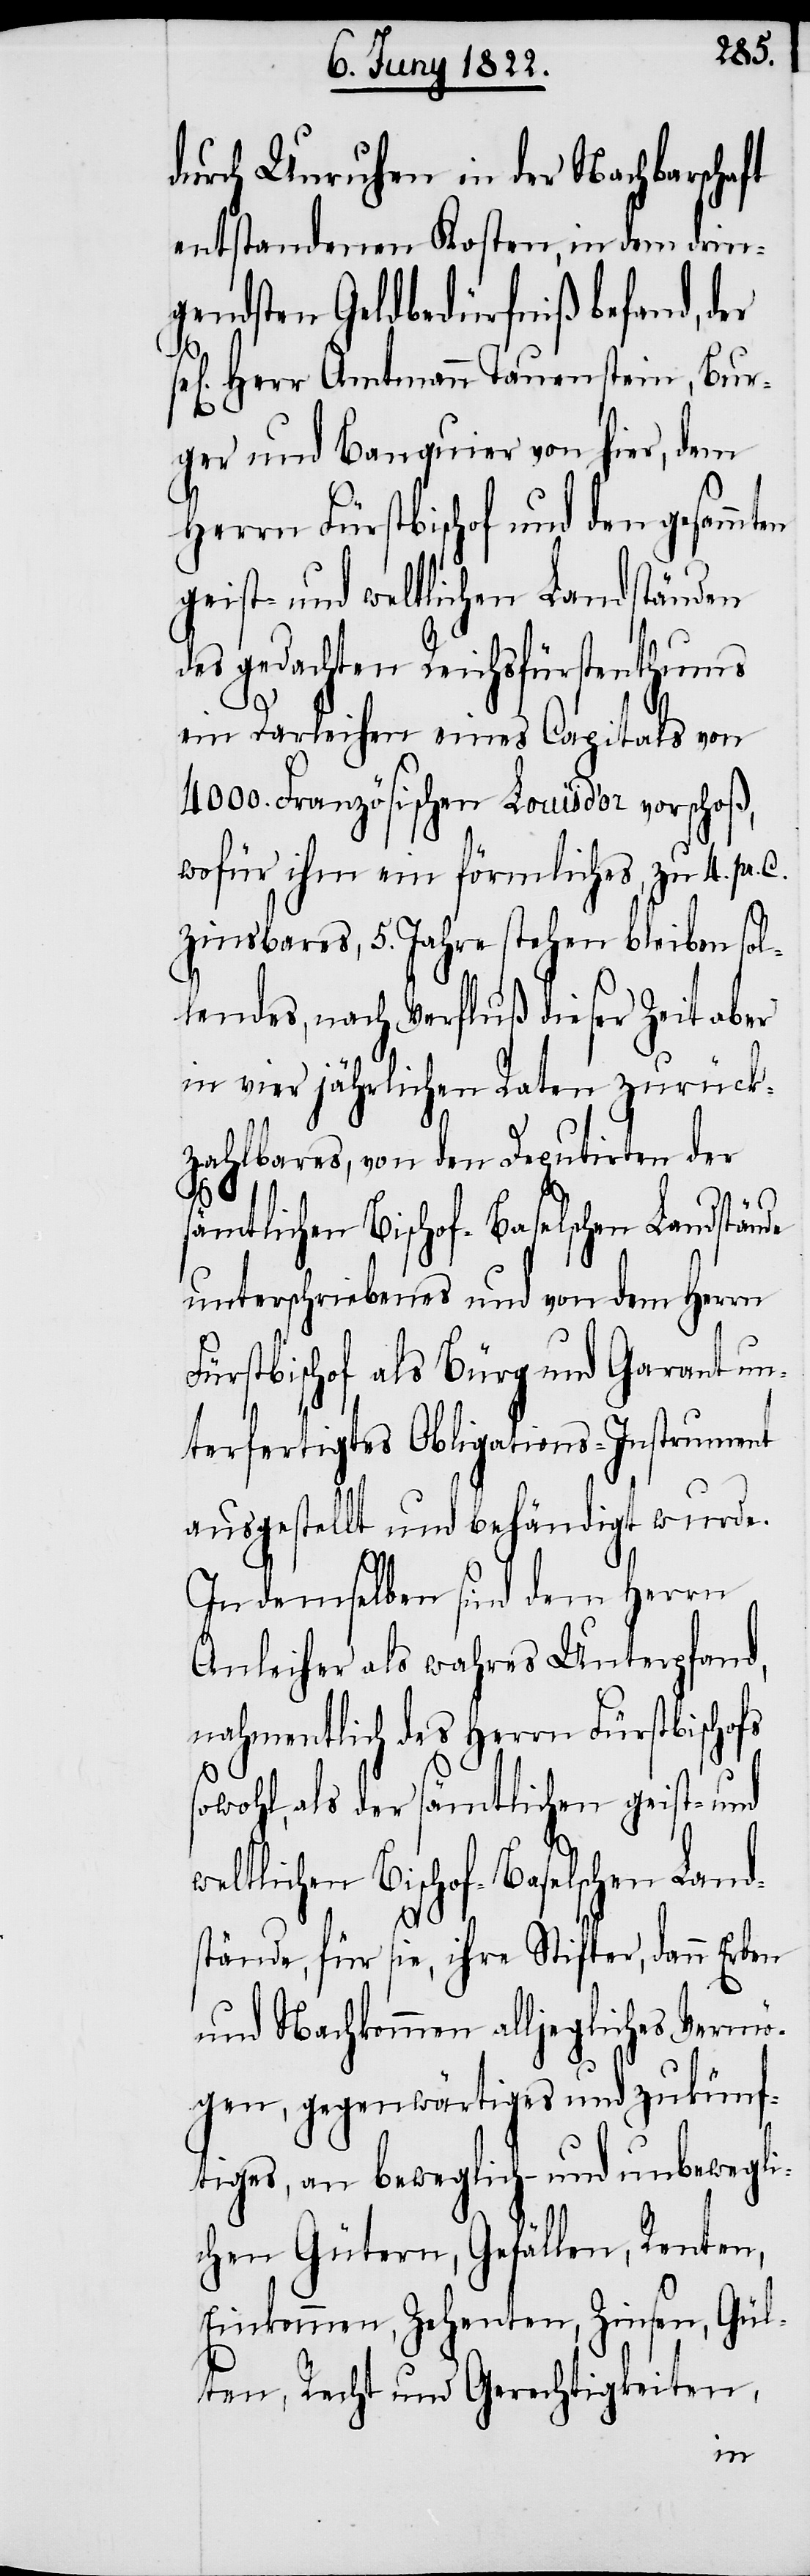
durch Unruhen in der Nachbarschaft
entstandenen Kosten, in dem drin¬
gendsten Geldbedürfniß befand,
ge] Herr Amtmann Tauenstein, Bur¬
ger und Banquier von hier, dem
Herrn Fürstbischof und den gesammt¬
geist- und weltlichen Landständen
des gedachten Reichsfürste¬
nthums
ein Darleihen eines Capitals von
4000. Französischen Louis d’or vorschoß,
wofür ihm ein förmliches, zu 4. pr.
zinsbares, 5. Jahre stehen bleiben sol¬
lendes, nach Verfluß dieser Zeit aber
in vier jährlichen Raten zurück¬
zahlbares, von den Deputirten der
fs s¬
sämtlichen Bischof-Baselschen Landstände
unterschriebenes und von dem Herrn
Fürstbischof als Bürg und Garant un¬
terfertigtes Obligations-Instrument
ausgestellt und behändigt wurde.
In demselben sind dem Herrn
Anleiher als wahres Unterpfand,
nahmentlich des Herrn Fürstbischo¬
owohl, als der sämtlichen geist- und
weltlichen Bischof-Baselschen Land¬
stände, für sie, ihre Stifter, dann Erben
und Nachkommen alljegliches Vermö¬
gen, gegenwärtiges und zukünf¬
tiges, an beweglich- und unbewegli¬
chen Gütern, Gefällen, Renten,
Einkommen, Zehenten, Zinsen, Gül¬
ten, Recht und Gerechtigkeiten,
en